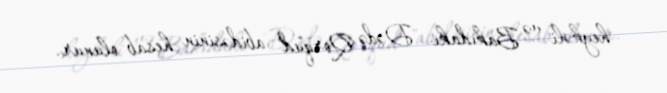
heykəli və Bakıdakı "Dədə Qorqud" abidəsinin hesab olunur.